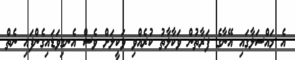
އެ މައްސަލާގައި އޭނާގެ ފަރާތުން ވަކާލާތު ކުރެއްވި ވަކީލަށް ވެސް އެނގިވަޑައިގެންފައި ނެތް